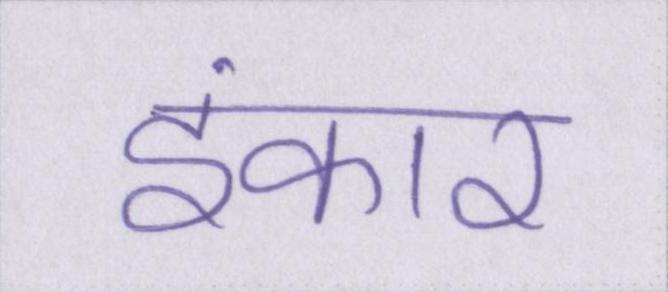
इंकार